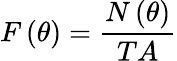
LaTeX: F\left(\theta\right)=\frac{N\left(\theta\right)}{TA}